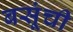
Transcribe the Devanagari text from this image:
बसूंची